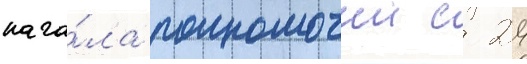
нача́ла полномочии с 24